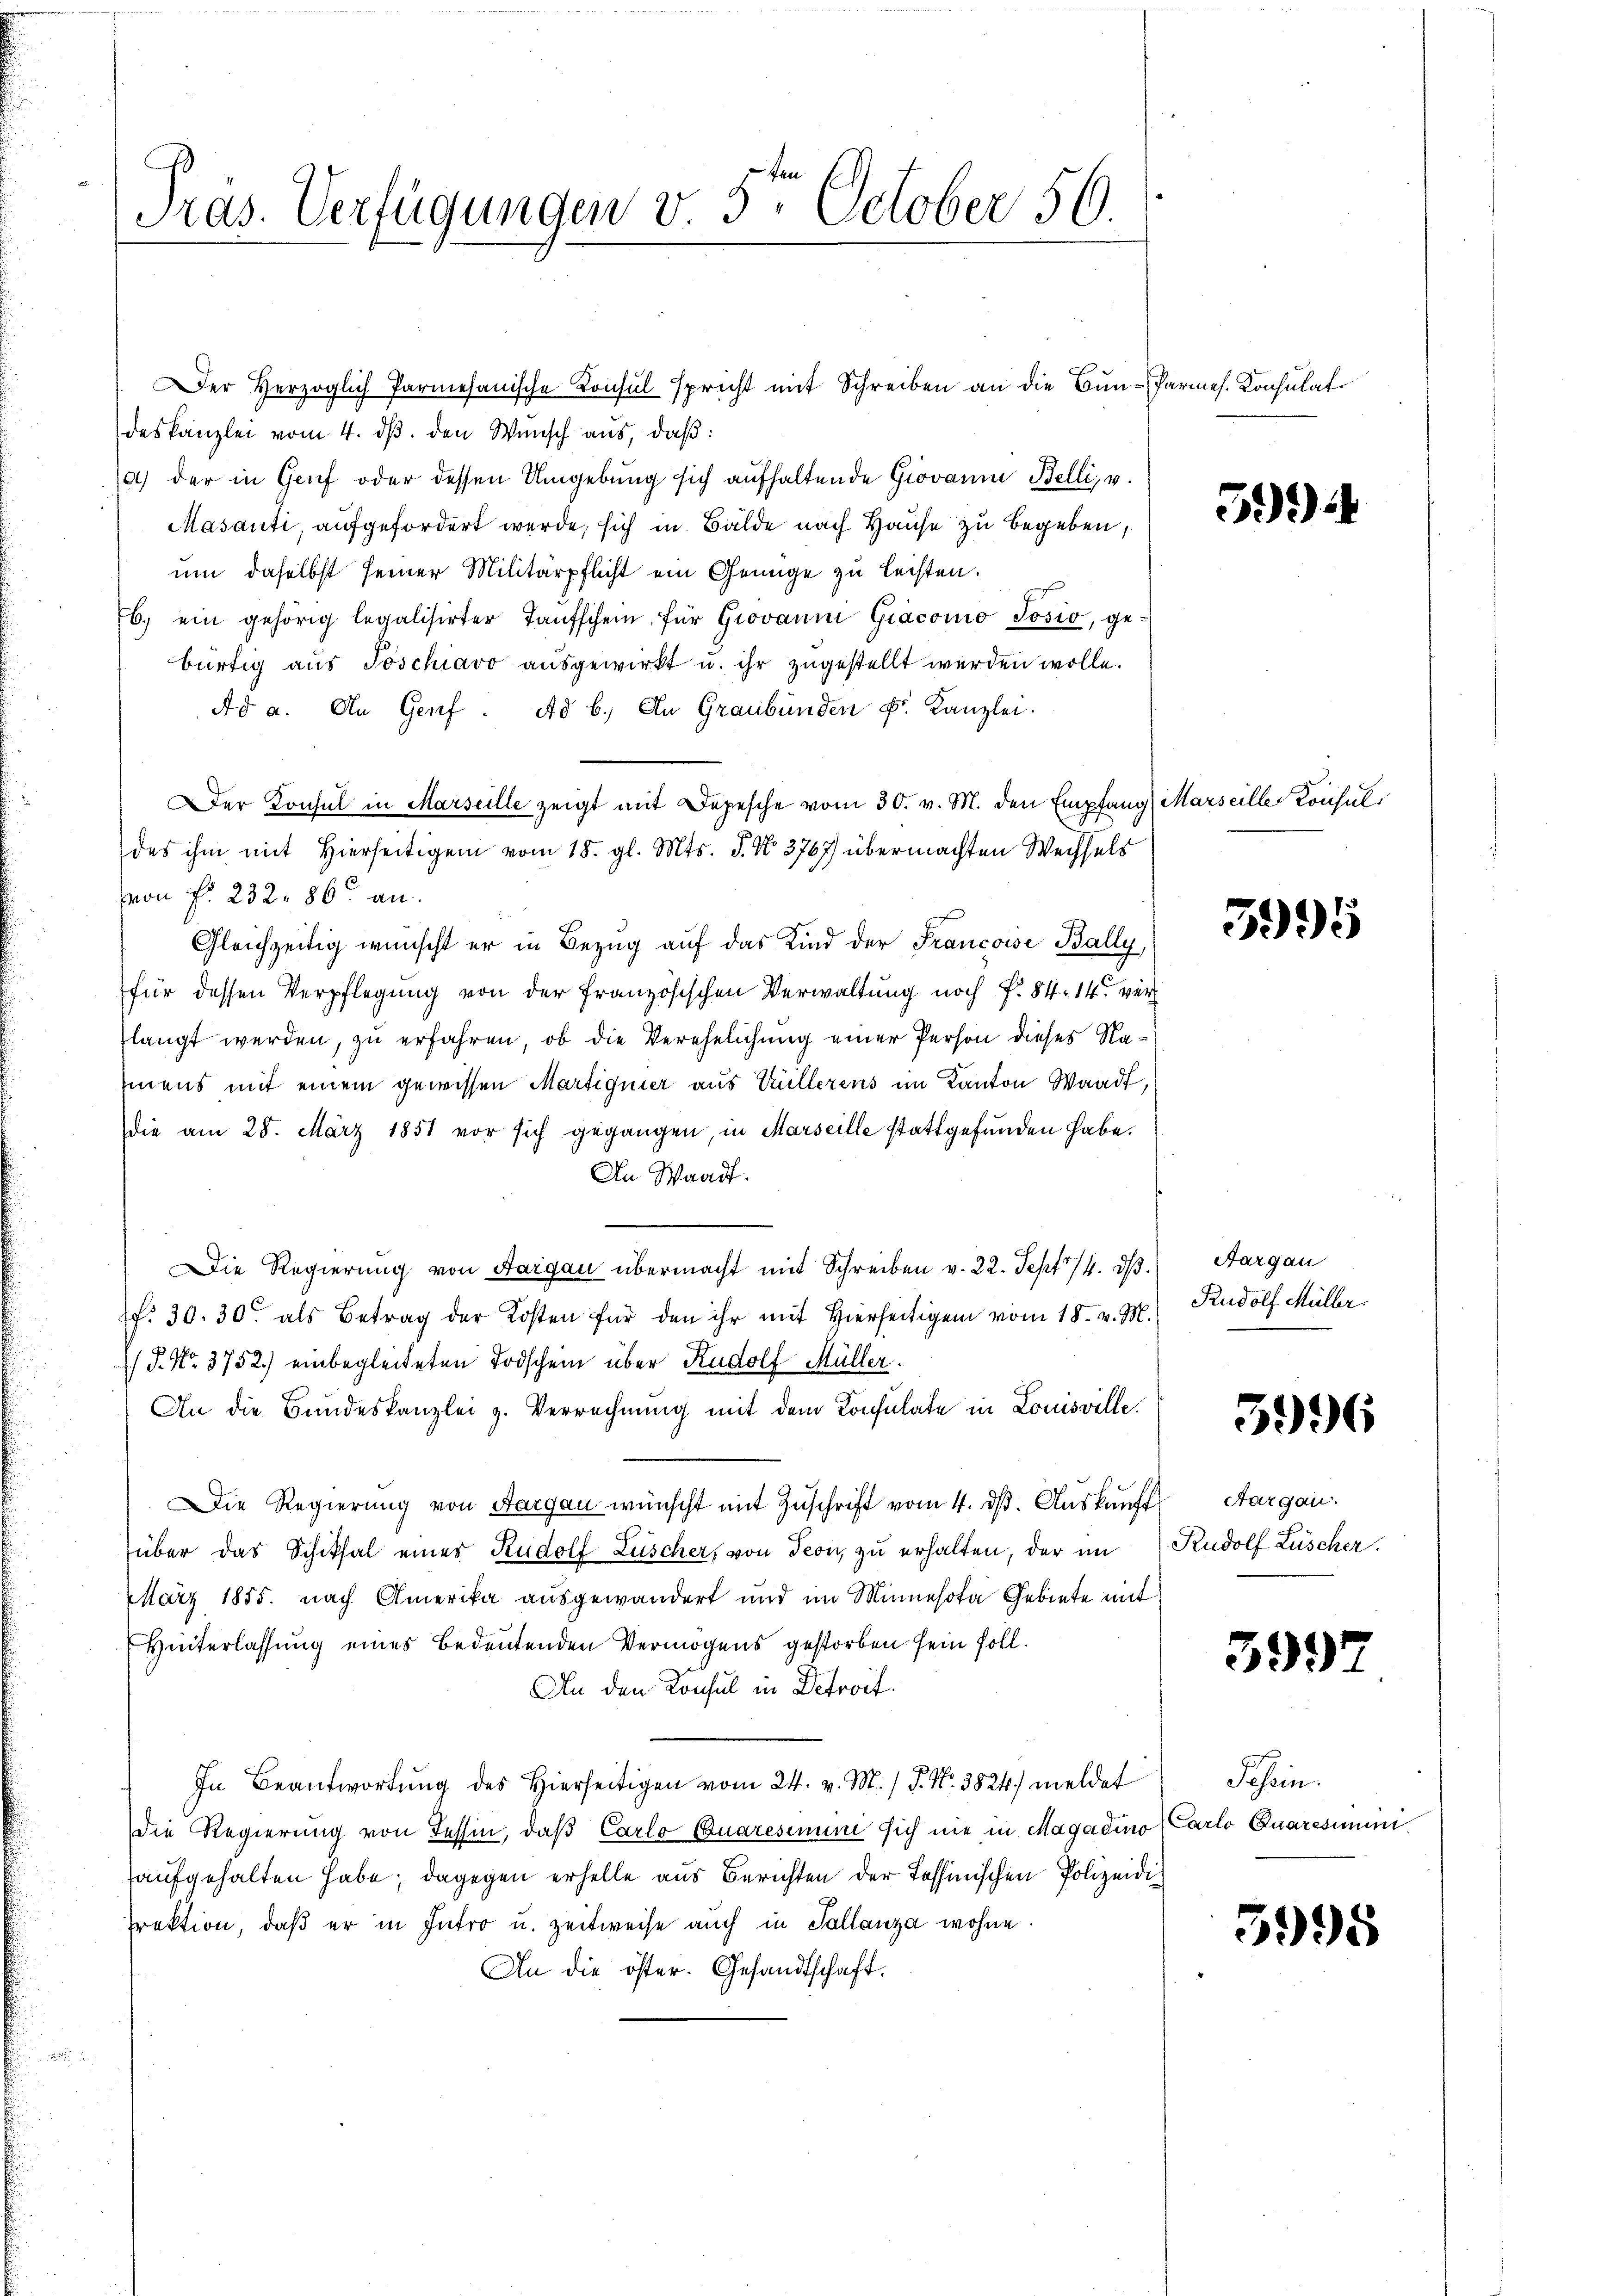
Präs. Verfügungen v 5ten October 56.

deskanzlei vom 4. ds. den Wunsch aus, daß:
a) der in Gruf oder dessen Umgebung sich aufhaltende Giovanm Belli, v.
Masanti, aufgefordert werde, sich in Bälde nach Hause zu begeben,
um daselbst seiner Militärpflicht ein Genüge zu leisten.
b. ein gehörig legalisirter Taŭfschein, für Giovaŭm Giacomo Josio, ge-
bürtig aus Poschiavo ausgewirkt u. ihr zugestellt werden wolle.
Ad a. An Genf. Ad b.) An Graubünden u. Kanzlei.
Der Konsul in Marseille zeigt mit Depesche vom 30. v. M. den Empfang Marseille Konsuldes ihm mit Hierseitigen vom 18. gl. Mts. S. No. 3767) übermachten Wechsels
Hern Fr. 232. 86. an.
Gleichzeitig wünscht er in Bezug auf das Kind der Francoise Bally,
für dessen Verpflegung von der französischen Verwaltung noch f. 84. 14 ver
langt werden, zu erfahren, ob die Verehelichung einer Person dieses Namens mit einem gewissen Martignier aus Willerens im Kanton Waadt,
die am 28. März 1851 vor sich gegangen, in Marseille stattgefŭnden habe.
An Waadt.
Die Regierung von Sargau übermacht mit Schreiben v. 22. Sept. 14. dβ.
ff. 30. 30. als Betrag der Kosten für den ihr mit Hierseitigen vom 18. v. M.
 P. Nr. 3752.) einbegleiteten Todschein über Rudolf Müller.
An die Bundeskanzlei z. Verrechnung mit dem Konsulate in Louisville.
Die Regierung von Aargau wünscht mit Zuschrift vom 4. ds. Auskunft
über das Schiksal eines Rudolf Lüscher, von Seon, zu erhalten, der im
März 1885. nach Amerika ausgewandert und im Minnesofa Gebiete mit
Hinterlassung eines Bedeutenden Vermögens gestorben sein soll.
An den Konsul in Detroit.
In Beantwortung des Hierseitigen vom 24. v. M. / P. Nr. 3824) meldet
die Regierung von Tessin, daß Carlo Quaresimi sich nie in Magadino
aufgehalten habe; dagegen erhelle aus Berichten der Tessinischen Polizeidi
jrektion, daß er in Intro u. zeitweise auch in Tallanza wohne
An die öster. Gesandtschaft.

Der Herzoglich Parmesanische Konsul spricht mit Schreiben an die Bun-Parmes. Konsulat

51)

395

Aargau
Rudolf Müller.

5996

Aargau.
Rudolf Lüscher.

3992

Pasein.
Carlo Quaresen.

5995